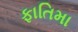
ફાતિમા